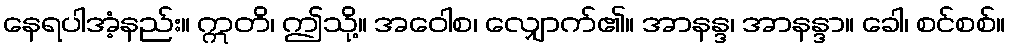
နေရပါအံ့နည်း။ ဣတိ၊ ဤသို့။ အဝေါစ၊ လျှောက်၏။ အာနန္ဒ၊ အာနန္ဒာ။ ခေါ၊ စင်စစ်။